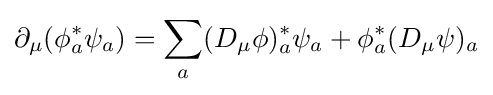
\partial _{\mu }(\phi _{a}^{*}\psi _{a})=\sum _{a}(D_{\mu }\phi )_{a}^{*}\psi _{a}+\phi _{a}^{*}(D_{\mu }\psi )_{a}